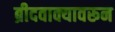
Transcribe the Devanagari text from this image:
ब्रीदवाक्यावरून